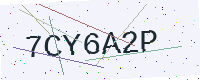
Text: 7CY6A2P